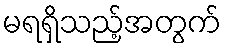
မရရှိသည့်အတွက်